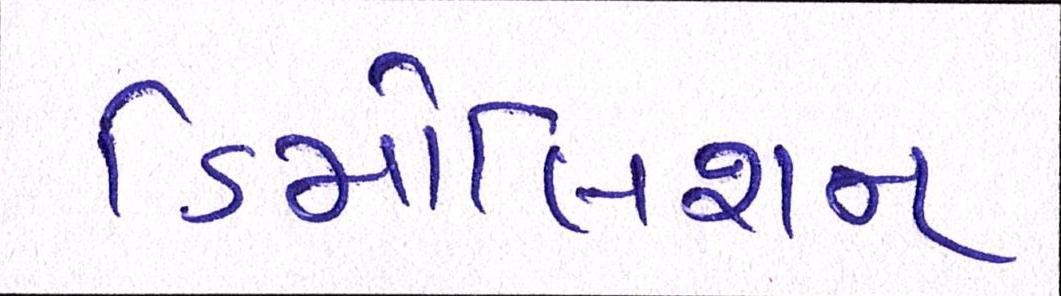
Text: ડિમોલિશન